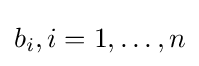
b_{i},i=1,\ldots ,n